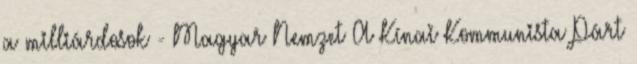
a milliárdosok - Magyar Nemzet A Kínai Kommunista Párt